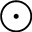
\odot